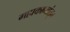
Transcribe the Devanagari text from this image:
महाकाव्यांतून